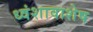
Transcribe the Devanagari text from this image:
ध्वंशावाशेष